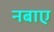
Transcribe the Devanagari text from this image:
नबाए